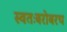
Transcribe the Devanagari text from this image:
स्वतःबरोबरच